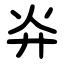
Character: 灷